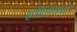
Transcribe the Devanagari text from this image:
हरितवर्ण